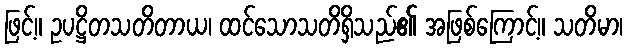
ဖြင့်။ ဥပဋ္ဌိတသတိတာယ၊ ထင်သောသတိရှိသည်၏ အဖြစ်ကြောင့်။ သတိမာ၊